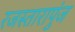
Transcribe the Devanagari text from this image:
रजस्तारापुंज